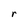
Character: r